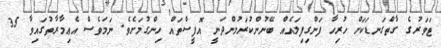
ޓަވަރުގެ ގާތްގަނޑަކަށް ހުރިހާ ފަންގިފިލައެއް ބޭނުންކުރަމުންދަނީ އޮފީސްތައް ހިންގުމަށެވެ. ނަމަވެސް އެޢިމާރާތުގައިވާ 35